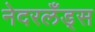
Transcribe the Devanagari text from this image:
नेदरलँड्‌स